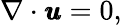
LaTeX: \nabla\cdot\pmb{u}=0,